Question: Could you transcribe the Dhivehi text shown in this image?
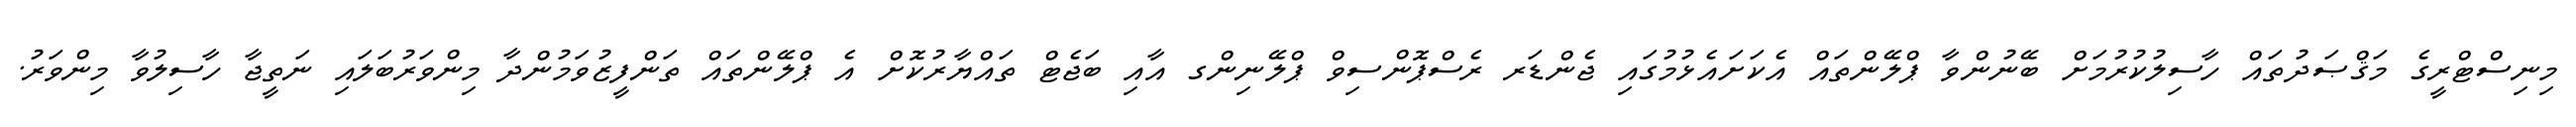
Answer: މިނިސްޓްރީގެ މަޤްޞަދުތައް ހާސިލުކުރުމަށް ބޭނުންވާ ޕްލޭންތައް އެކަށައެޅުމުގައި ޖެންޑަރ ރެސްޕޮންސިވް ޕްލޭނިންގ އާއި ބަޖެޓް ތައްޔާރުކޮށް އެ ޕްލޭންތައް ތަންފީޒުވަމުންދާ މިންވަރުބަލައި ނަތީޖާ ހާސިލުވާ މިންވަރު.